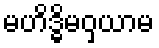
မဟိဒ္ဓိမဝှယာမ